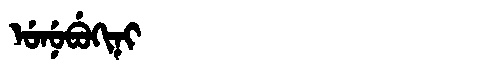
Manchu: ᡠᠨᡠᠪᡠᡴᡳᠨᡳ
Romanization: UNUBUKINI